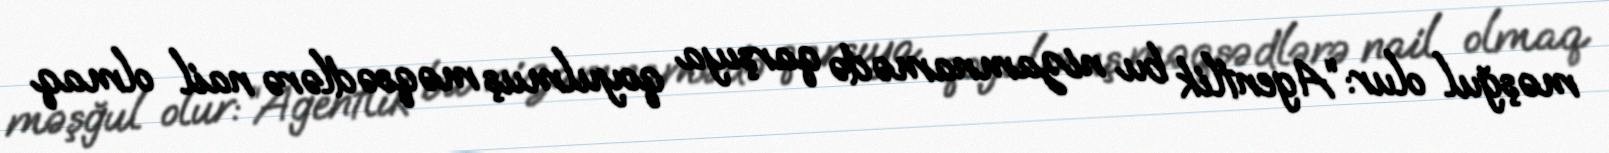
məşğul olur: “Agentlik bu nizamnamədə qarşıya qoyulmuş məqsədlərə nail olmaq